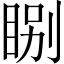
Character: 𥇂